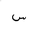
Letter: _sin